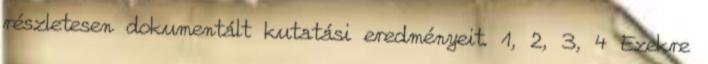
részletesen dokumentált kutatási eredményeit. 1, 2, 3, 4 Ezekre